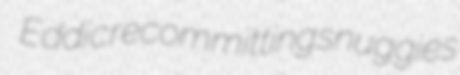
Eddic recommitting snuggies